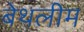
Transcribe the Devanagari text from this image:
बेथलीम